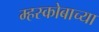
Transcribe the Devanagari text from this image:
म्हस्कोबाच्या